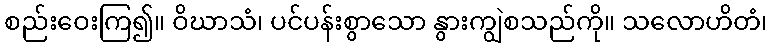
စည်းဝေးကြ၍။ ဝိဃာသံ၊ ပင်ပန်းစွာသော နွားကျွဲစသည်ကို။ သလောဟိတံ၊